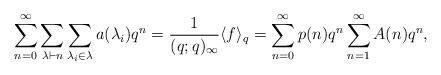
LaTeX: \begin{align*}\sum_{n=0}^{\infty}\sum_{\lambda \vdash n}\sum_{\lambda_i \in \lambda}a(\lambda_i)q^n = \frac{1}{(q;q)_{\infty}}\langle f\rangle_q =\sum_{n=0}^{\infty}p(n)q^n \sum_{n=1}^{\infty}A(n)q^n,\end{align*}